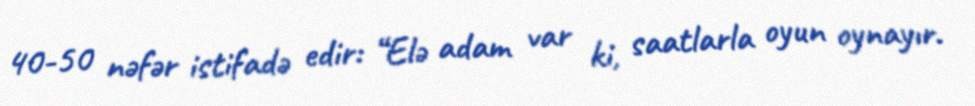
40-50 nəfər istifadə edir: “Elə adam var ki, saatlarla oyun oynayır.